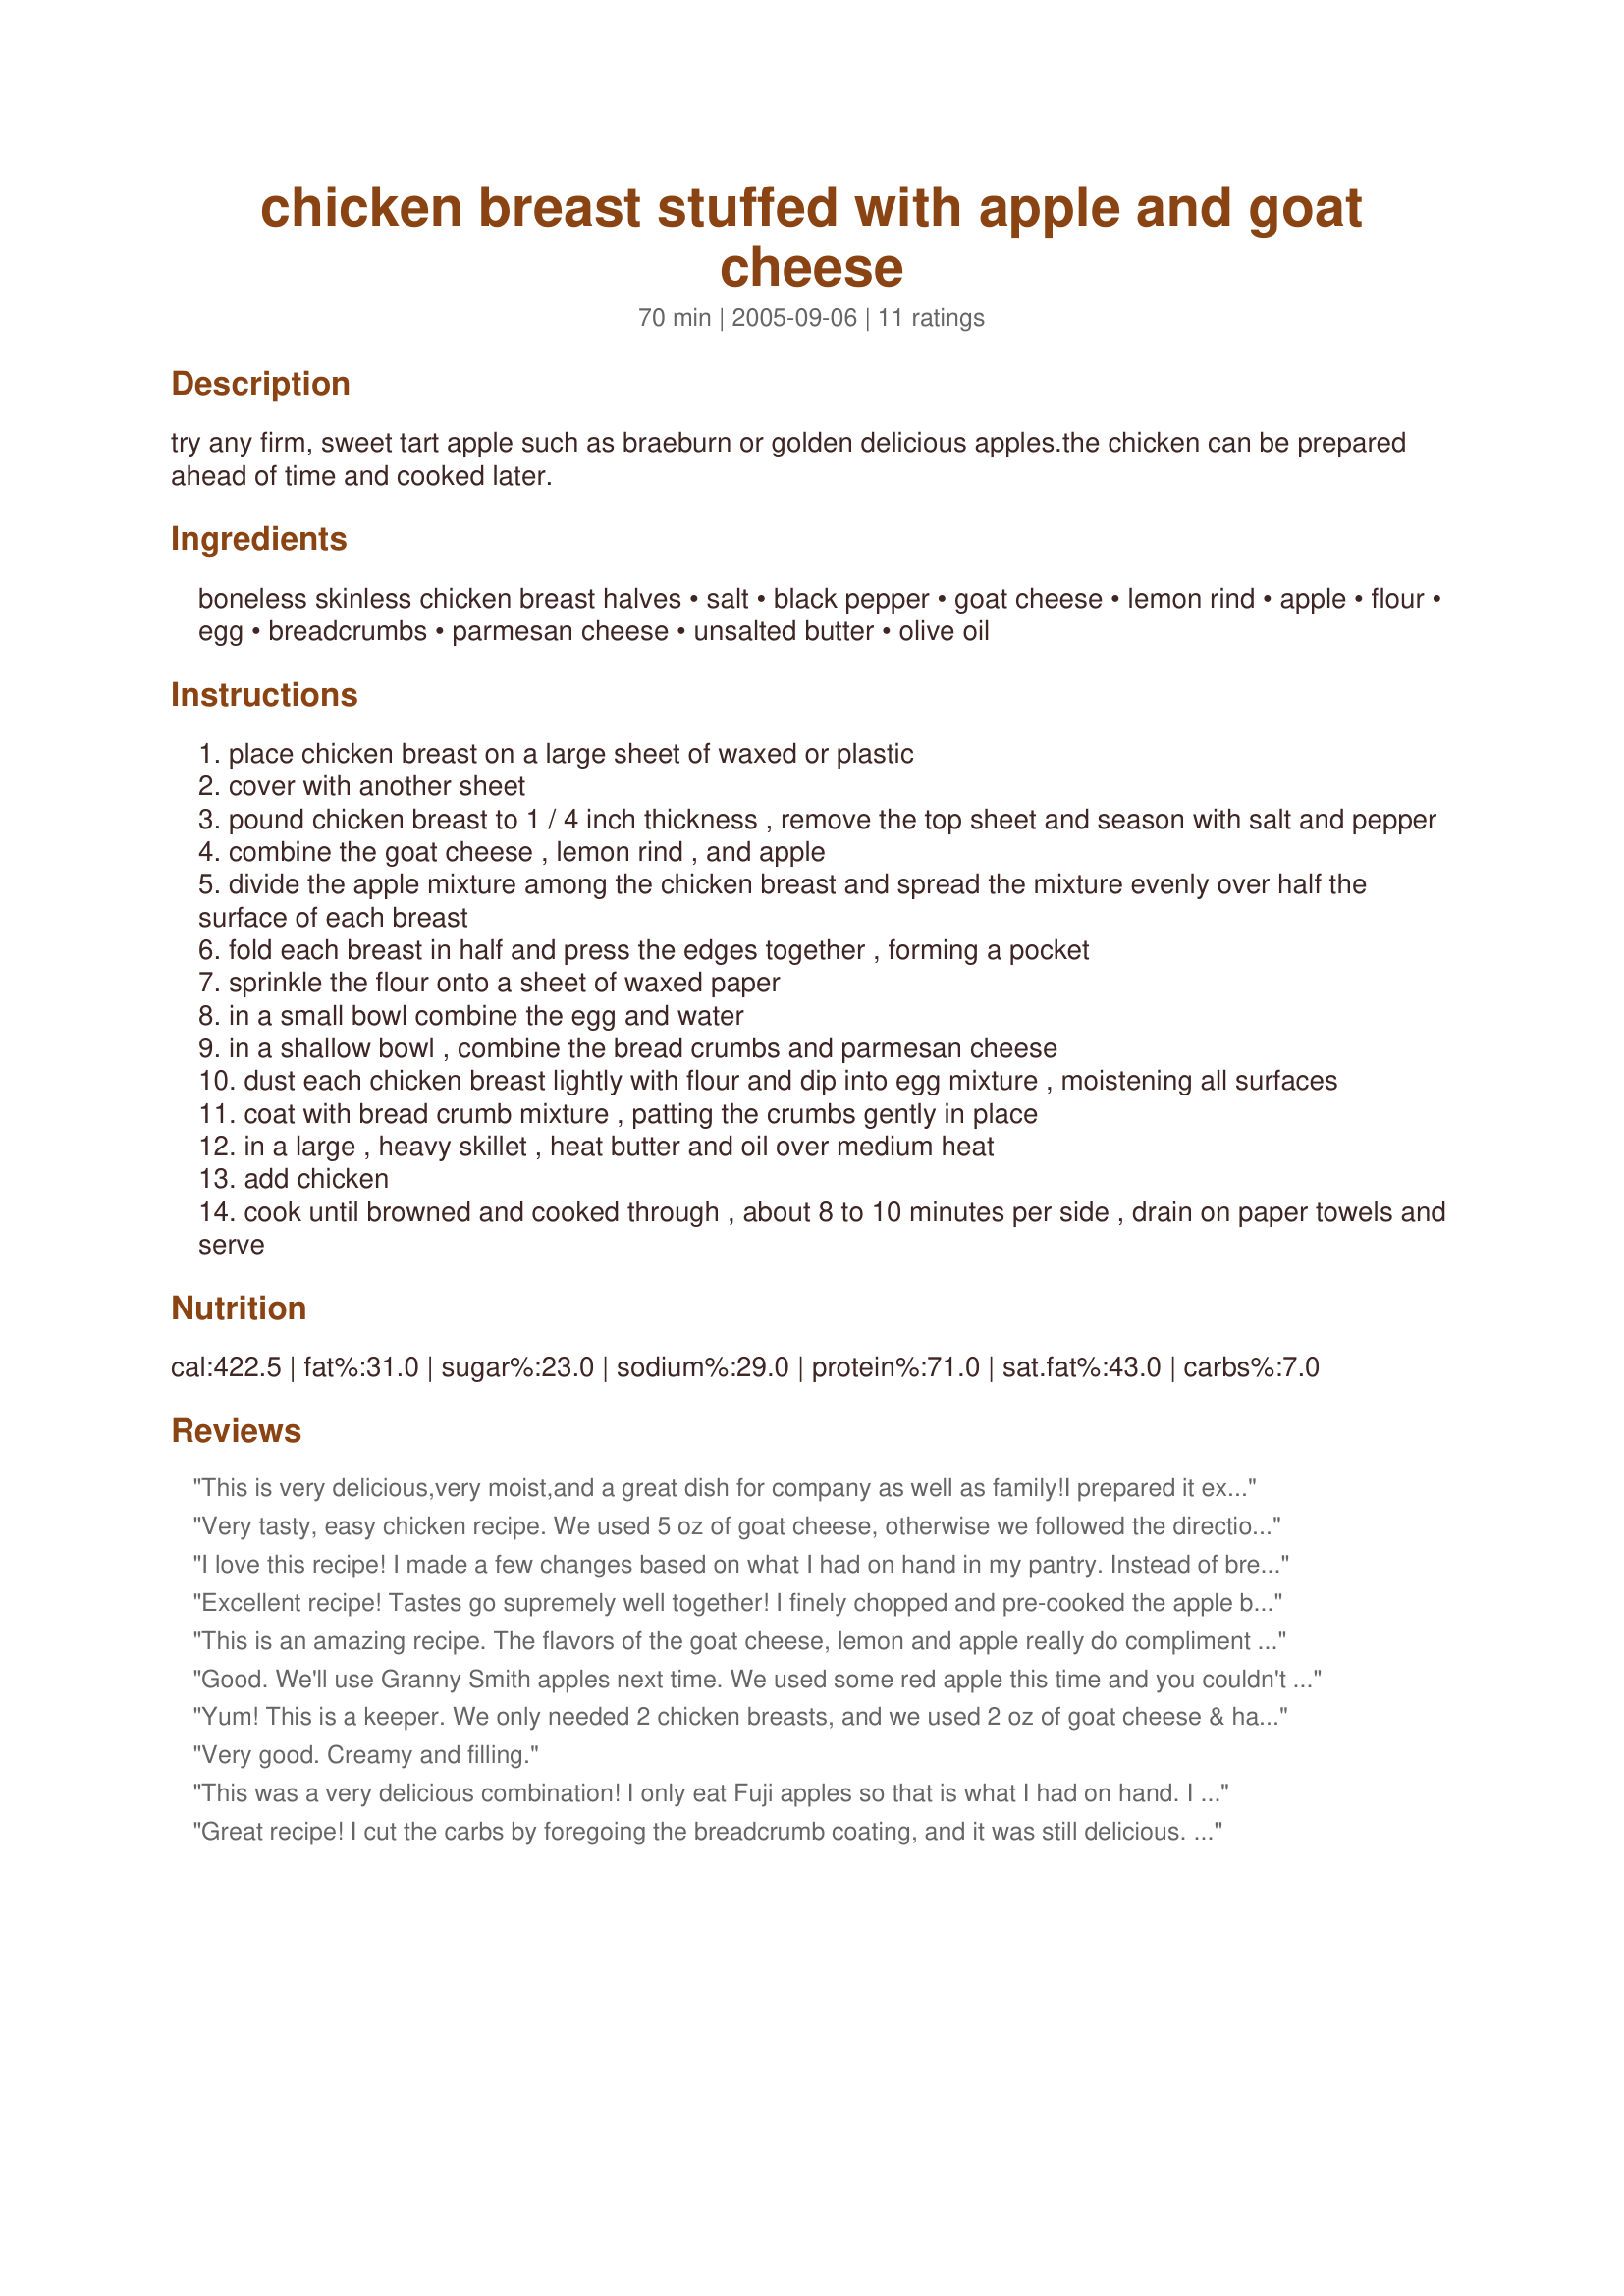
chicken breast stuffed with apple and goat cheese
Preparation time: 70 minutes

try any firm, sweet tart apple such as braeburn or golden delicious apples.the chicken can be prepared ahead of time and cooked later.

Ingredients:
boneless skinless chicken breast halves, salt, black pepper, goat cheese, lemon rind, apple, flour, egg, breadcrumbs, parmesan cheese, unsalted butter, olive oil

Steps:
place chicken breast on a large sheet of waxed or plastic
cover with another sheet
pound chicken breast to 1 / 4 inch thickness , remove the top sheet and season with salt and pepper
combine the goat cheese , lemon rind , and apple
divide the apple mixture among the chicken breast and spread the mixture evenly over half the surface of each breast
fold each breast in half and press the edges together , forming a pocket
sprinkle the flour onto a sheet of waxed paper
in a small bowl combine the egg and water
in a shallow bowl , combine the bread crumbs and parmesan cheese
dust each chicken breast lightly with flour and dip into egg mixture , moistening all surfaces
coat with bread crumb mixture , patting the crumbs gently in place
in a large , heavy skillet , heat butter and oil over medium heat
add chicken
cook until browned and cooked through , about 8 to 10 minutes per side , drain on paper towels and serve

Reviews:
This is very delicious,very moist,and a great dish for company as well as family!I prepared it exactly as printed and it was perfect!Everyone loved it, even the children.Barb Gertz, you certainly cook up wonderful dishes!Thank you!
Very tasty, easy chicken recipe. We used 5 oz of goat cheese, otherwise we followed the directions as posted. I used a Granny Smith apple. Had the leftovers today for lunch and did not have the problem with soggy breadcrumbs that another reviewer mentioned. We browned the chicken on the stovetop and finished in the oven at 350F for about 15-20 minutes. This worked really well. Thanks for a nice recipe.
I love this recipe! I made a few changes based on what I had on hand in my pantry. Instead of breadcrumbs I used Ritz crackers, and used a garlic olive oil as well. Added a great extra punch of flavor!
Excellent recipe! Tastes go supremely well together!
I finely chopped and pre-cooked the apple before mixing w/ the goat cheese. Added basil and bk pepper. My coating mixture was higher in parmesan than bread crumbs, and added bk pepper, dried parsley and garlic. Cook on very low heat as the coating will burn otherwise. And I stuffed the breasts quite fully, so placed a lid on the pan to fully cook the insides. Added some Calvados to the pan to deglaze -- bring pan away from heat or turn off gas when you do this. Next time will pound the chicken even further to enjoy a better ratio of delicious stuffing to chicken; and will try adding a couple blueberries to the goat cheese for added sweetness, flavor, and color -- fruit, goat cheese and chicken go so well together! Thank you!
This is an amazing recipe. The flavors of the goat cheese, lemon and apple really do compliment each other. Its great too since the chix can be put together ahead of time. I only had Fuji apples so that is what I used - it was great! I will be making this one again.

Even my sweetie loved it and he wasn't too sure about it when I first mentioned the ingredients.
Good. We'll use Granny Smith apples next time. We used some red apple this time and you couldn't even taste it. These don't make good leftovers because the breadcrumbs get soggy.
Yum! This is a keeper. We only needed 2 chicken breasts, and we used 2 oz of goat cheese & half a granny smith apple. I followed another reviewer's advice to brown the chicken the skillet, then bake in the oven at 350. After 25-30 min, our chicken was cooked to perfection.Next time, I'll spoon all the extra goat cheese and apples into the baking dish. We even made this a gluten free recipe by using GF flour & breadcrumbs. Thanks, Barb!
Very good. Creamy and filling.
This was a very delicious combination! I only eat Fuji apples so that is what I had on hand. I prepared this for one, so I kind of eyeballed all the amounts. Thanks for sharing.
Great recipe! I cut the carbs by foregoing the breadcrumb coating, and it was still delicious. I just used a little salt and pepper on the outside. Will definitely make this one again.
This was really good and I used pork instead of chicken because that was what I had defrosted. Next time I think I will bake after browning because of long it takes to cook in the pan, but again that is due to the thickness of the chops I had. Wonderful contrasting taste with the lemon. My 2 year old, who has not been eating anything, kept asking me for more, so you know it is flavorful and yummy.Thanks
